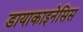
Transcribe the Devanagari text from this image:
डायाकाइनेसिस